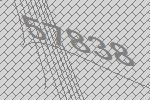
57838